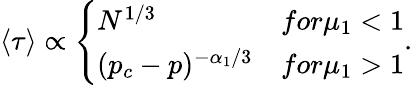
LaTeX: \left\langle\tau\right\rangle\propto\left\{ \begin{array}{ll}{N^{1/3}}&{for\mu_{1}<1}\\ {(p_{c}-p)^{-\alpha_{1}/3}}&{for\mu_{1}>1}\end{array}\right..